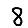
Digit: 8